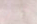
فاخرة